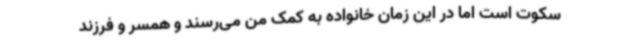
سکوت است اما در این زمان خانواده به کمک من می‌رسند و همسر و فرزند